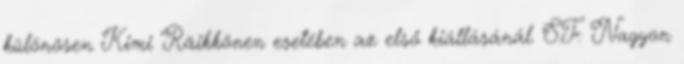
különösen Kimi Räikkönen esetében az első kiállásánál. S.F: Nagyon